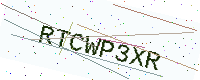
Text: RTCWP3XR